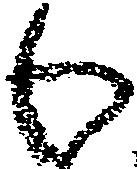
わ